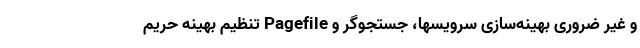
و غیر ضروری بهینه‌سازی سرویسها، جستجوگر و Pagefile تنظیم بهینه حریم